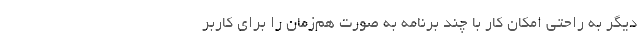
دیگر به راحتی امکان کار با چند برنامه به صورت هم‌زمان را برای کاربر